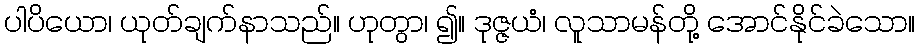
ပါပိယော၊ ယုတ်ချက်နာသည်။ ဟုတွာ၊ ၍။ ဒုဇ္ဇယံ၊ လူသာမန်တို့ အောင်နိုင်ခဲသော။